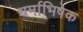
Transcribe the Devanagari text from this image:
धर्माभिषेक